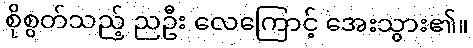
စိုစွတ်သည့် ညဦး လေကြောင့် အေးသွား၏။